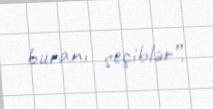
buranı seçiblər”.